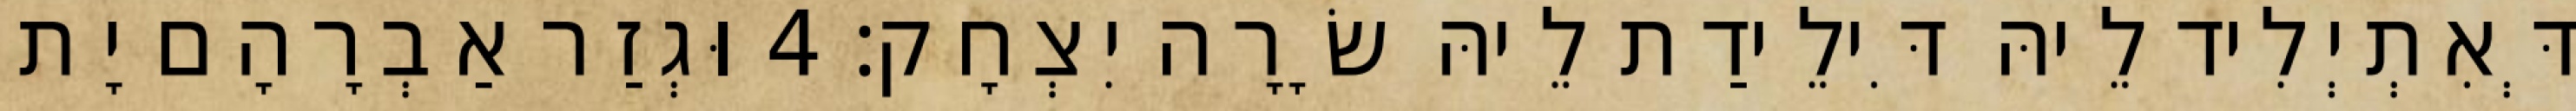
דְּאִתְיְלִיד לֵיהּ דִּילֵידַת לֵיהּ שָׂרָה יִצְחָק׃ 4 וּגְזַר אַבְרָהָם יָת